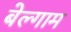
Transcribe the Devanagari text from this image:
बेल्गाम